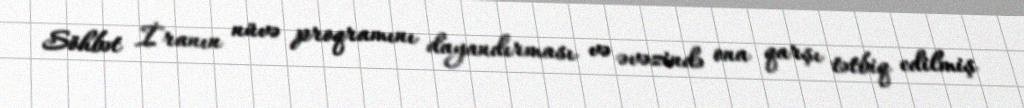
Söhbət İranın nüvə proqramını dayandırması və əvəzində ona qarşı tətbiq edilmiş